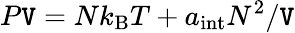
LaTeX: P\mathtt{V}=Nk_{\mathrm{{B}}}T+a_{\mathrm{{int}}}N^{2}/\mathtt{V}